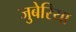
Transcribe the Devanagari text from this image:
जुबेरिया